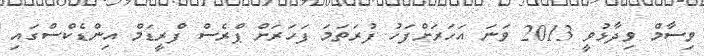
ވިސާމް ވިދާޅުވީ 2013 ވަނަ އަހަރަށްފަހު ފުރަތަމަ ފަހަރަށް ޕްރެސް ފްރީޑަމް އިންޑެކްސްގައި